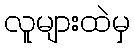
လူများထဲမှ